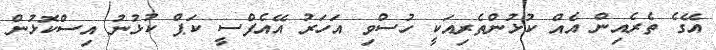
އޭގެ ތެރެއިން އެއް ކުޅުންތެރިއަކީ ހުސްވި އަހަރު އޭއެފްސީ ކަޕް ކުޅުނު އިސްކޮޅުން